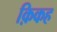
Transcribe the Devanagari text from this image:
क़िकह